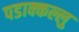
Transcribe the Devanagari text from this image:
पडाक्कल्लु